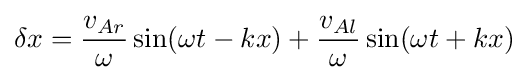
\delta x={\frac {v_{Ar}}{\omega }}\sin(\omega t-kx)+{\frac {v_{Al}}{\omega }}\sin(\omega t+kx)